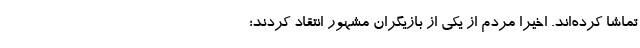
تماشا کرده‌اند. اخیرا مردم از یکی از بازیگران مشهور انتقاد کردند؛